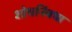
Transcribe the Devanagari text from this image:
शोधनिंबधा